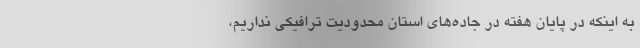
به اینکه در پایان هفته در جاده‌های استان محدودیت ترافیکی نداریم،